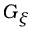
G _ { \xi }